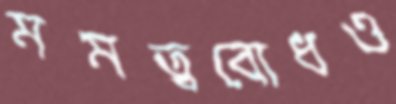
মমত্ববোধও